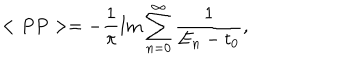
< P P > = - \frac { 1 } { \pi } \mathrm { I m } \sum _ { n = 0 } ^ { \infty } \frac { 1 } { E _ { n } - t _ { 0 } } ,